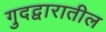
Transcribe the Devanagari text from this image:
गुदद्वारातील